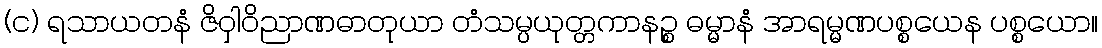
(င) ရသာယတနံ ဇိဝှါဝိညာဏဓာတုယာ တံသမ္ပယုတ္တကာနဉ္စ ဓမ္မာနံ အာရမ္မဏပစ္စယေန ပစ္စယော။